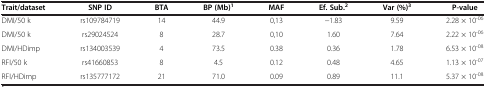
<table><thead><tr><td><b>Trait/dataset</b></td><td><b>SNP ID</b></td><td><b>BTA</b></td><td><b>BP (Mb)<sup>1</sup></b></td><td><b>MAF</b></td><td><b>Ef. Sub.<sup>2</sup></b></td><td><b>Var (%)<sup>3</sup></b></td><td><b>P-value</b></td></tr></thead><tbody><tr><td>DMI/50 k</td><td>rs109784719</td><td>14</td><td>44.9</td><td>0,13</td><td>-1.83</td><td>9.59</td><td>2.28 × 10<sup>-06</sup></td></tr><tr><td>DMI/50 k</td><td>rs29024524</td><td>8</td><td>28.7</td><td>0,10</td><td>1.60</td><td>7.64</td><td>2.22 × 10<sup>-06</sup></td></tr><tr><td>DMI/HDimp</td><td>rs134003539</td><td>4</td><td>73.5</td><td>0.38</td><td>0.36</td><td>1.78</td><td>6.53 × 10<sup>-08</sup></td></tr><tr><td>RFI/50 k</td><td>rs41660853</td><td>8</td><td>4.5</td><td>0.12</td><td>0.48</td><td>4.65</td><td>1.13 × 10<sup>-07</sup></td></tr><tr><td>RFI/HDimp</td><td>rs135777172</td><td>21</td><td>71.0</td><td>0.09</td><td>0.89</td><td>11.1</td><td>5.37 × 10<sup>-08</sup></td></tr></tbody></table>